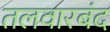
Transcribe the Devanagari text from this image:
तलवारबंद